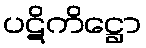
ပဋိကိဋ္ဌော